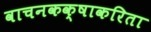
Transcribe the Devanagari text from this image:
वाचनकक्षाकरिता